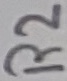
Text: R2